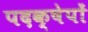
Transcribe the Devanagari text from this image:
पदक्षेपों